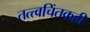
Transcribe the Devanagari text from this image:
तत्त्वचिंतकही